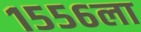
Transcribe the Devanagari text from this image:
१५५६ला